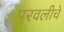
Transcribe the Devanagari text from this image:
परवलीचे